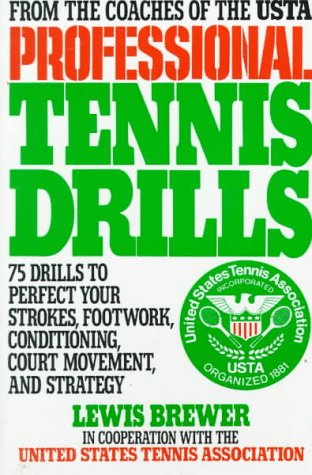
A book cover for Professional Tennis Drills: 75 Drills to Perfect Your Strokes, Footwork, Conditioning, Court Movement, and Strategy; Lewis Brewer; Sports & Outdoors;